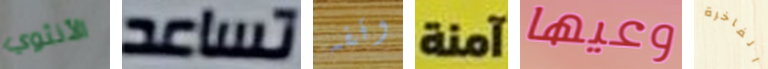
الأنثوي تساعد وقفه آمنة وعيها الفاخرة